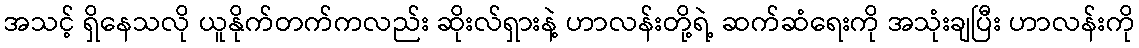
အသင့် ရှိနေသလို ယူနိုက်တက်ကလည်း ဆိုးလ်ရှားနဲ့ ဟာလန်းတို့ရဲ့ ဆက်ဆံရေးကို အသုံးချပြီး ဟာလန်းကို